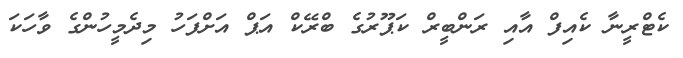
ކެޓްރީނާ ކެއިފް އާއި ރަންބީރް ކަޕޫރުގެ ބްރޭކް އަޕް އަށްފަހު މިދެމީހުންގެ ވާހަކަ